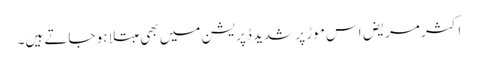
اکثر مریض اس موڑ پر شدید ڈپریشن میں بھی مبتلا ہو جاتے ہیں۔